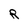
Character: R